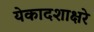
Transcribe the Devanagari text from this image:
येकादशाक्षरे